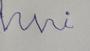
Signature authenticity: forged